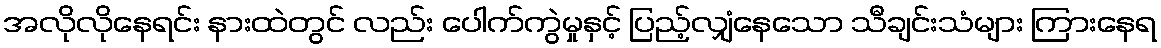
အလိုလိုနေရင်း နားထဲတွင် လည်း ပေါက်ကွဲမှုနှင့် ပြည့်လျှံနေသော သီချင်းသံများ ကြားနေရ